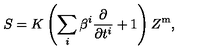
S = K \left( \sum _ { i } \beta ^ { i } \frac { \partial } { \partial t ^ { i } } + 1 \right) Z ^ { \mathrm { m } } ,